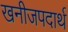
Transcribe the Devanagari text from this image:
खनीजपदार्थ